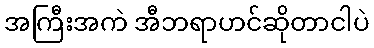
အကြီးအကဲ အီဘရာဟင်ဆိုတာငါပဲ